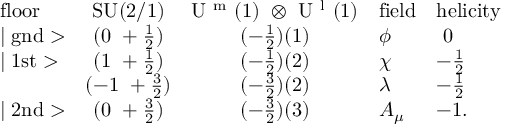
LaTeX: \begin{array} { l c c l l } { { \mathrm { f l o o r } } } & { { \mathrm { S U ( 2 / 1 ) } } } & { { \mathrm { U ~ ^ { m } ~ ( 1 ) ~ \otimes ~ U ~ ^ { l } ~ ( 1 ) } } } & { { \mathrm { f i e l d } } } & { { \mathrm { h e l i c i t y } } } \\ { { \mid \mathrm { g n d } > } } & { { ( 0 ~ + \frac { 1 } { 2 } ) } } & { { ( - \frac { 1 } { 2 } ) ( 1 ) } } & { { \phi } } & { { ~ 0 } } \\ { { \mid \mathrm { 1 s t } > } } & { { ( 1 ~ + \frac { 1 } { 2 } ) } } & { { ( - \frac { 1 } { 2 } ) ( 2 ) } } & { { \chi } } & { { - \frac { 1 } { 2 } } } \\ { { } } & { { ( - 1 ~ + \frac { 3 } { 2 } ) } } & { { ( - \frac { 3 } { 2 } ) ( 2 ) } } & { { \lambda } } & { { - \frac { 1 } { 2 } } } \\ { { \mid \mathrm { 2 n d } > } } & { { ( 0 ~ + \frac { 3 } { 2 } ) } } & { { ( - \frac { 3 } { 2 } ) ( 3 ) } } & { { A _ { \mu } } } & { { - 1 . } } \end{array}